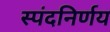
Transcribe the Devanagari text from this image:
स्पंदनिर्णय